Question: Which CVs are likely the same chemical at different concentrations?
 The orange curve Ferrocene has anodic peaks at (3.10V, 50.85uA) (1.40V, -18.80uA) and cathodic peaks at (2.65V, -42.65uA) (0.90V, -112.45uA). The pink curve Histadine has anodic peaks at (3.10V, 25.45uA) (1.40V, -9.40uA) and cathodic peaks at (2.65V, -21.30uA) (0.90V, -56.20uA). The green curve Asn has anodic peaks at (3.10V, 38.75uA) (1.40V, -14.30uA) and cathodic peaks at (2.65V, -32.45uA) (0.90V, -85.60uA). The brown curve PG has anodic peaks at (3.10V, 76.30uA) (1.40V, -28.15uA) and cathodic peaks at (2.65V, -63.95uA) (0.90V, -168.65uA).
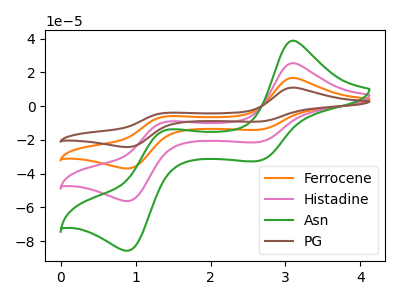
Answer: <think>All the peaks in "Ferrocene" have a peak in "Histadine" at the same potential. All the peaks in "Ferrocene" have a peak in "Asn" at the same potential. All the peaks in "Ferrocene" have a peak in "PG" at the same potential. All the peaks in "Histadine" have a peak in "Asn" at the same potential. All the peaks in "Histadine" have a peak in "PG" at the same potential. All the peaks in "Asn" have a peak in "PG" at the same potential.
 </think>
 <answer>"Asn", "Ferrocene", "Histadine" and "PG" have the same shape and are likely CV's of the same chemical.</answer>
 <eval>"Asn" "Ferrocene" "Histadine" "PG"</eval>